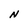
Character: N